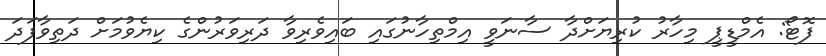
ފޮޓޯ: އެމްޑީޕީ މިހާރު ކުރިޔަށްދާ ސާނަވީ އިމްތިހާނުގައި ބައިވެރިވާ ދަރިވަރުންގެ ކިޔެވުމަށް ދަތިވާފަދަ